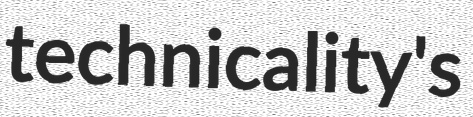
technicality's